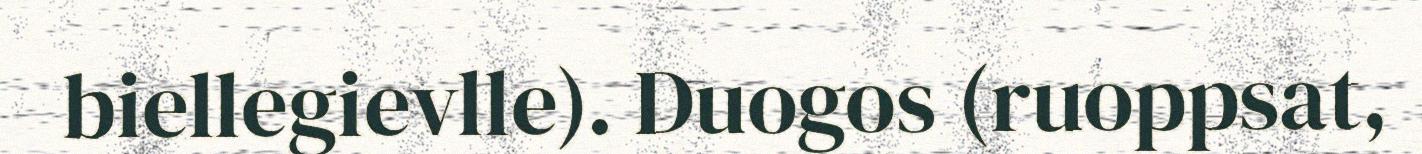
biellegievlle). Duogos (ruoppsat,